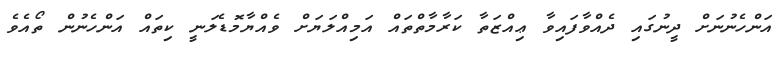
އަންހެނުނަށް ދީނުގައި ދެއްވާފައިވާ ޢިއްޒަތާ ކަރާމާތްތައް އަމިއްލަޔަށް ވެއްޔާމޮޑެލަނީ ކިތައް އަންހެނުން ތޯއެވެ